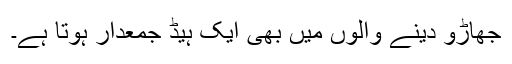
جھاڑو دینے والوں میں بھی ایک ہیڈ جمعدار ہوتا ہے۔